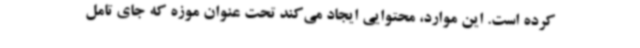
کرده است. این موارد، محتوایی ایجاد می‌کند تحت عنوان موزه که جای تامل